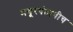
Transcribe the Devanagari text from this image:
मयूरपंताचीच